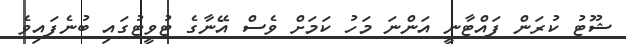
ޝޫޓު ކުރަން ފައްޓާނީ އަންނަ މަހު ކަމަށް ވެސް އޭނާގެ ޓުވީޓުގައި ބުނެފައިވެ